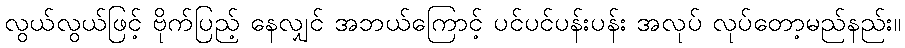
လွယ်လွယ်ဖြင့် ဗိုက်ပြည့် နေလျှင် အဘယ်ကြောင့် ပင်ပင်ပန်းပန်း အလုပ် လုပ်တော့မည်နည်း။